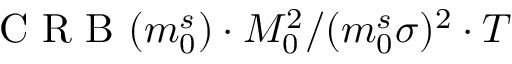
\mathrm { ~ C ~ R ~ B ~ } ( m _ { 0 } ^ { s } ) \cdot M _ { 0 } ^ { 2 } / ( m _ { 0 } ^ { s } \sigma ) ^ { 2 } \cdot T